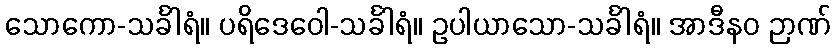
သောကော-သင်္ခါရံ။ ပရိဒေဝေါ-သင်္ခါရံ။ ဥပါယာသော-သင်္ခါရံ။ အာဒီနဝ ဉာဏ်